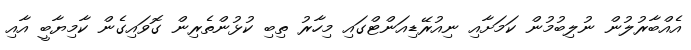
އެއްބާރުލުން ނުލިބުމުން ކަމަށާއި ނިއުރޭޑިއަންޓްގައި މިހާރު ތިބި ކުޅުންތެރިން ގޮވައިގެން ކާމިޔާބީ އާއި